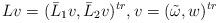
LaTeX: \begin{align*} Lv=(\bar L_1 v, \bar L_2 v)^{tr}, v=(\tilde \omega, w)^{tr}\end{align*}